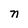
Character: n